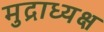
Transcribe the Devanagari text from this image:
मुद्राध्यक्ष